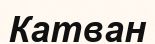
Катван